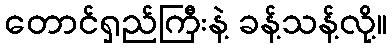
တောင်ရှည်ကြီးနဲ့ ခန့်သန့်လို့။